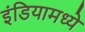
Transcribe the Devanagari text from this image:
इंडियामध्‍ये